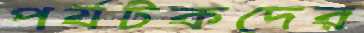
পর্যটকদের